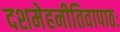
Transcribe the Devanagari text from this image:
दशमेहनीतिवापाठः